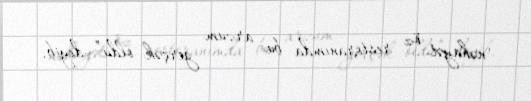
nəhayət öz restoranımda bu arzum gerçək oldu” deyib.